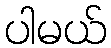
ပါမယ်